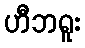
ဟီဘရူး